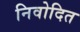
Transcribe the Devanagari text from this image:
निवोदित